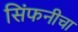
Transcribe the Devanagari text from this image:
सिंफनीचा